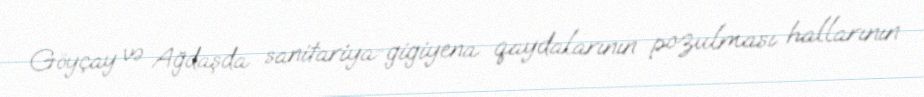
Göyçay və Ağdaşda sanitariya-gigiyena qaydalarının pozulması hallarının